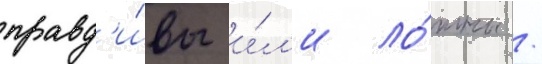
правд'и́вы и́л'и ло́жны /